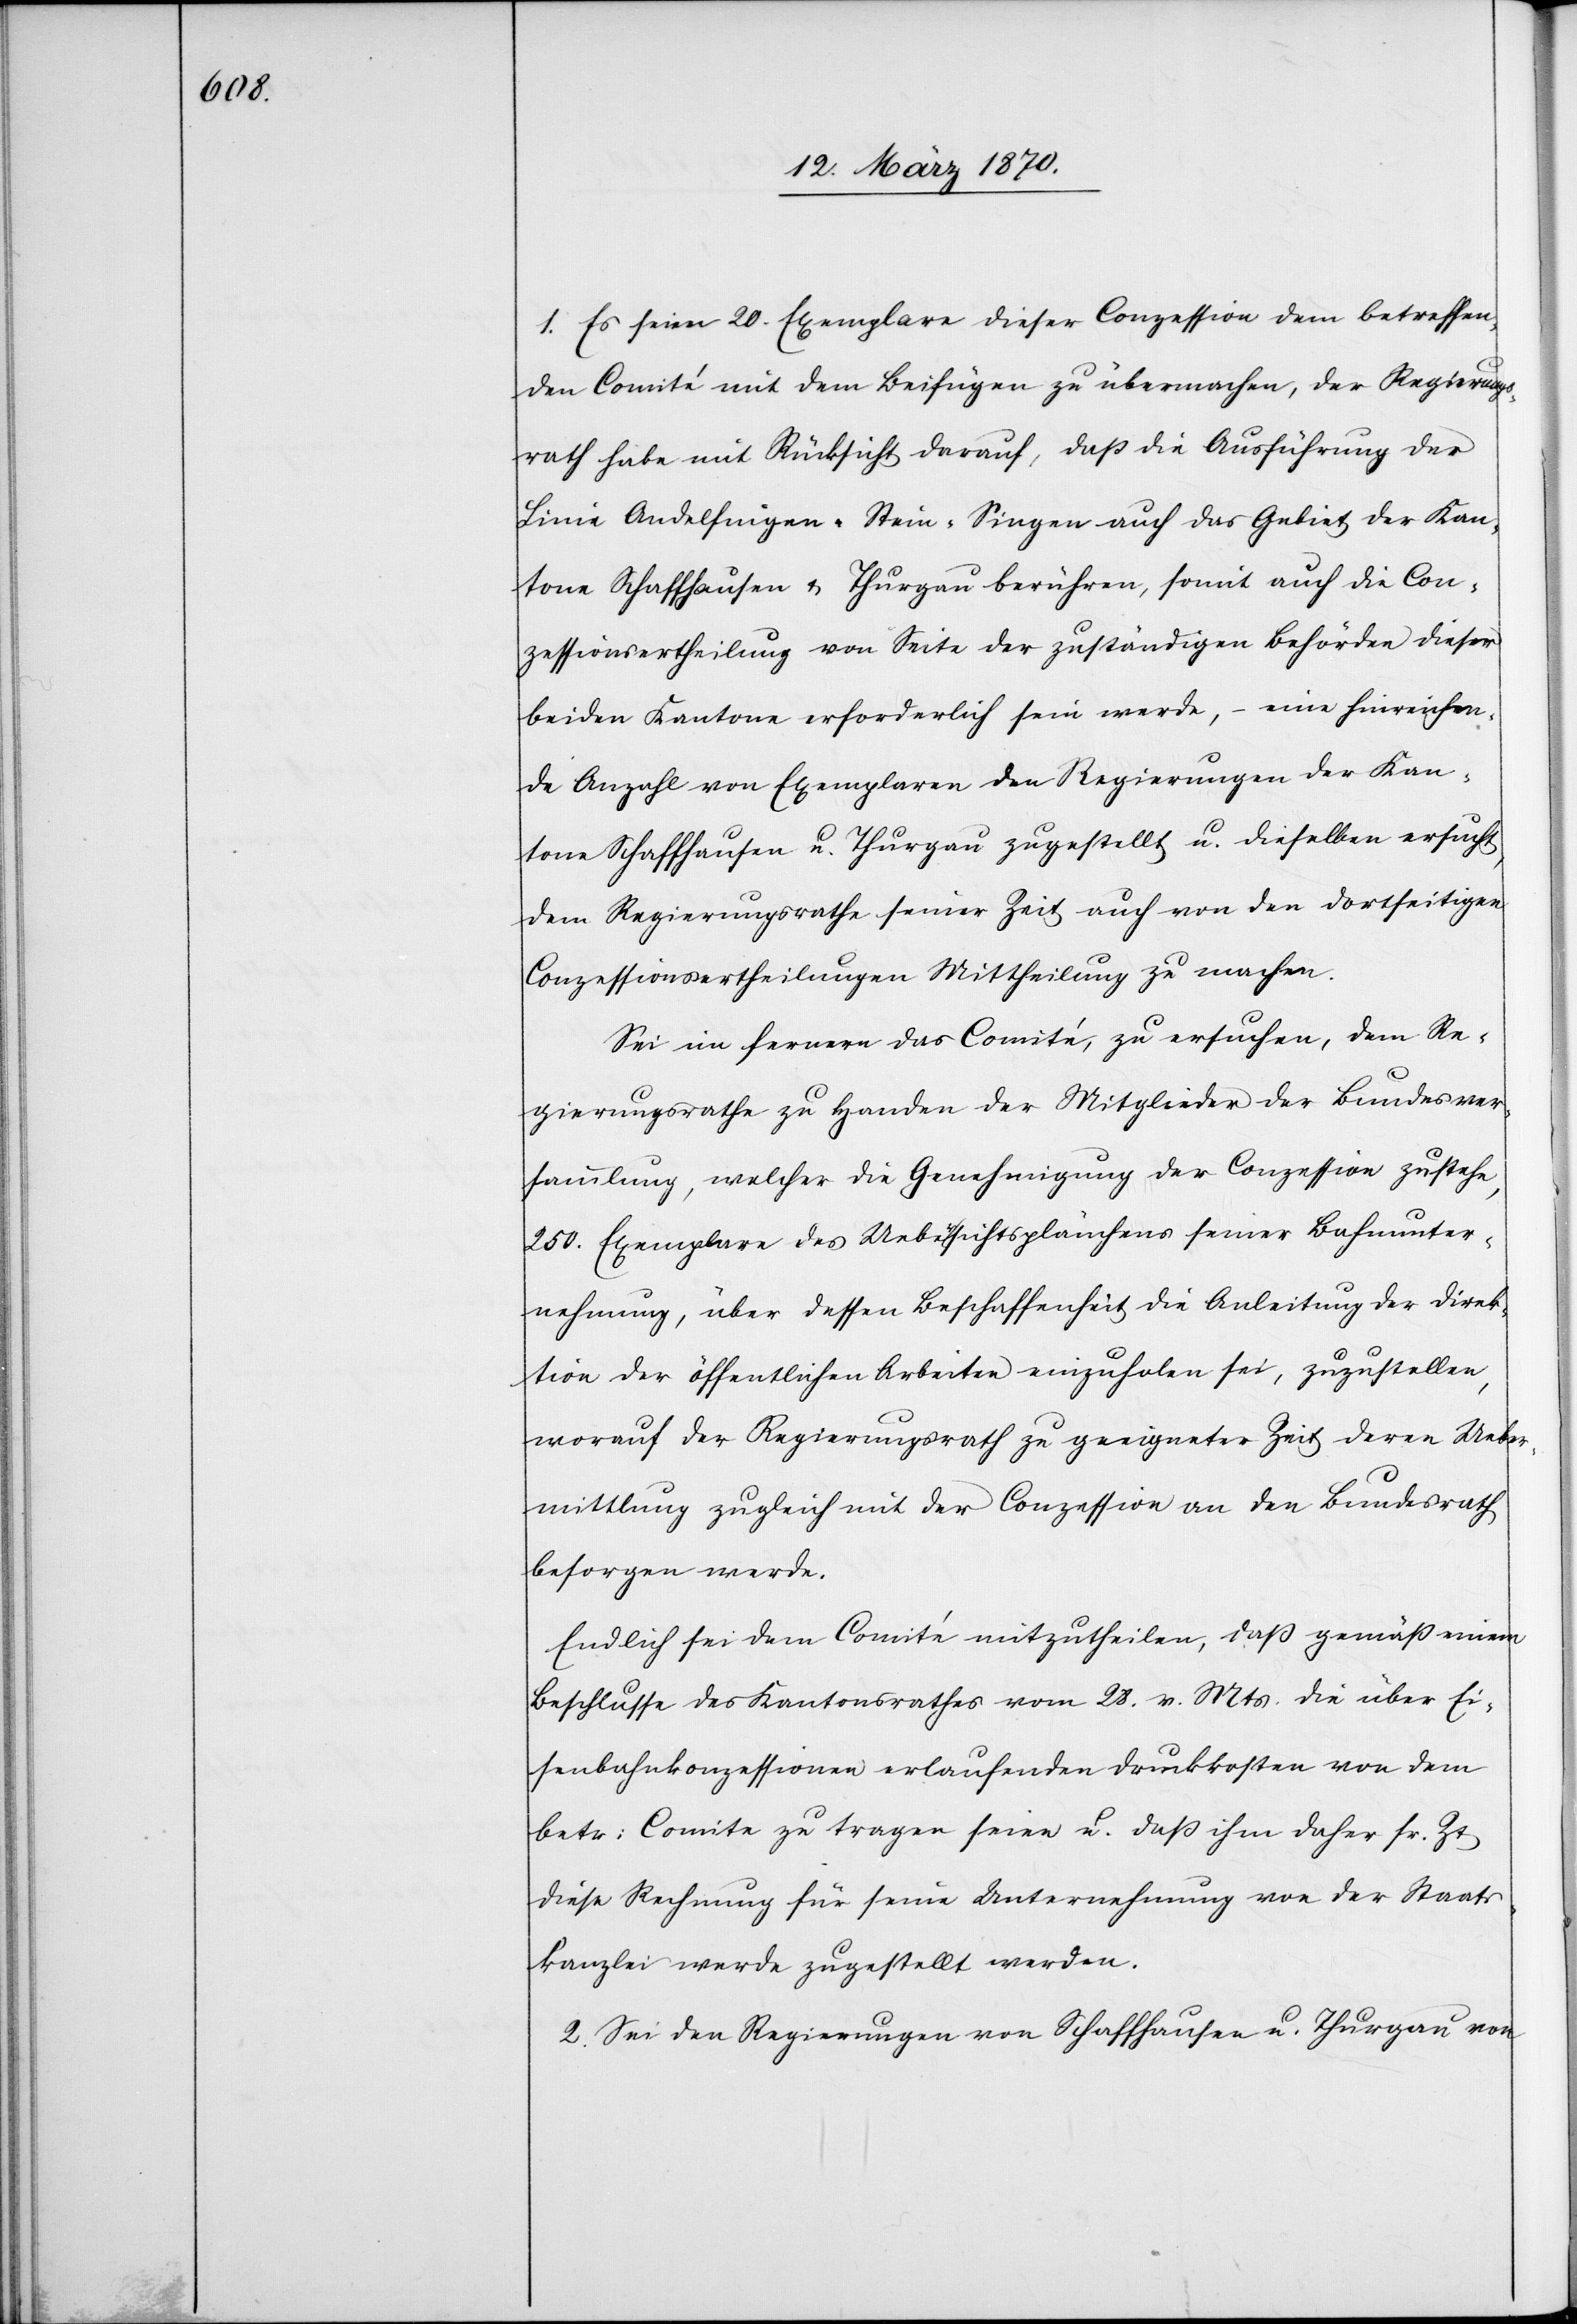
1. Es seien 20. Exemplare dieser Conzession dem betreffen¬
den Comité mit dem Beifügen zu übermachen, der Regierungs¬
rath habe mit Rücksicht darauf, daß die Ausführung der
Linie Andelfingen-Stein-Singen auch das Gebiet der Kan¬
tone Schaffhausen & Thurgau berühren [sic!], somit auch die Con¬
zessionsertheilung von Seite der zuständigen Behörden dieser
beiden Kantone erforderlich sein werde, – eine hinreichen¬
de Anzahl von Exemplaren den Regierungen der Kan¬
tone Schaffhausen u. Thurgau zugestellt u. dieselben ersucht,
dem Regierungsrathe seiner Zeit auch von den dortseitigen
Conzessionsertheilungen Mittheilung zu machen.
Sei im fernern das Comité zu ersuchen, dem Re¬
gierungsrathe zu Handen der Mitglieder der Bundesver¬
sammlung, welcher die Genehmigung der Conzession zustehe,
250. Exemplare des Uebea-r-asichtsplänchens seiner Bahnunter¬
nehmung, über dessen Beschaffenheit die Anleitung der Direk¬
tion der öffentlichen Arbeiten einzuholen sei, zuzustellen,
worauf der Regierungsrath zu geeigneter Zeit deren Ueber¬
mittlung zugleich mit der Conzession an den Bundesrath
besorgen werde.
Endlich sei dem Comité mitzutheilen, daß gemäß einem
Beschlusse des Kantonsrathes vom 28. v. Mts. die über Ei¬
senbahnkonzessionen erlaufenden Druckkosten von dem
betr: Comite zu tragen seien u. daß ihm daher sr. Zt
diese Rechnung für seine Unternehmung von der Staats¬
kanzlei werde zugesetellt werden.
2. Sei den Regierungen von Schaffhausen u. Thurgau von